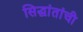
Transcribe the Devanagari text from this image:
सिद्घांतांची